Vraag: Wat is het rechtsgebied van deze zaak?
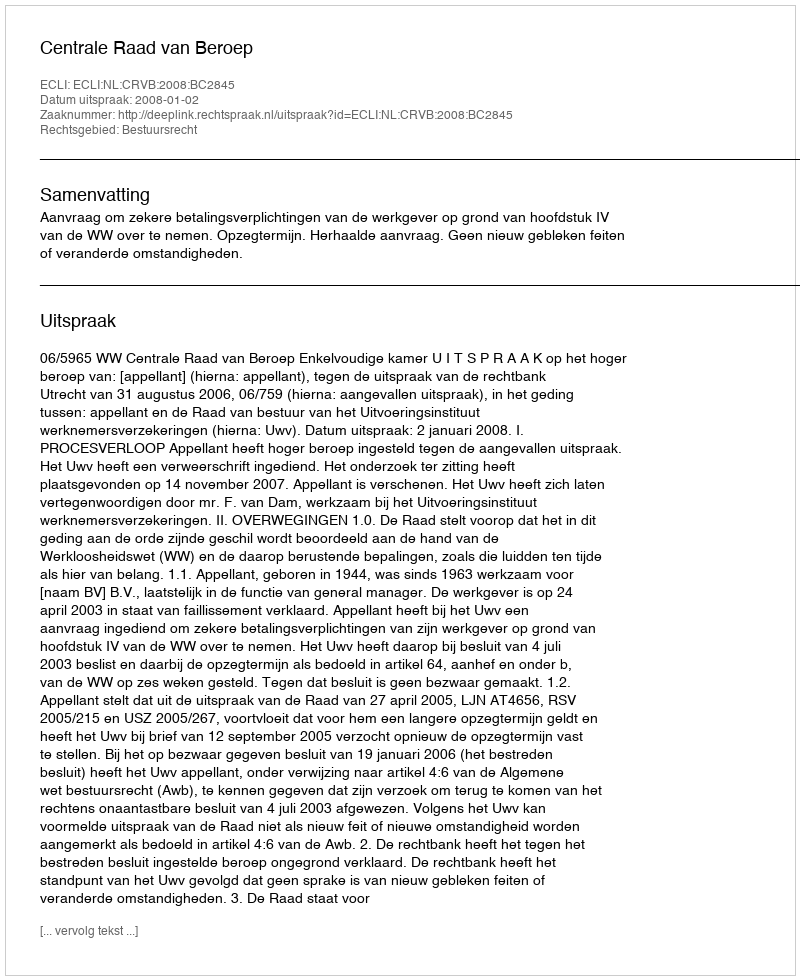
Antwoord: Bestuursrecht